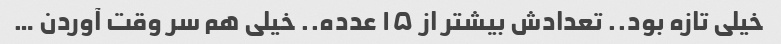
خیلی تازه بود.. تعدادش بیشتر از ۱۵ عدده.. خیلی هم سر وقت آوردن …